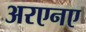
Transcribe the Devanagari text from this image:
अरएनए